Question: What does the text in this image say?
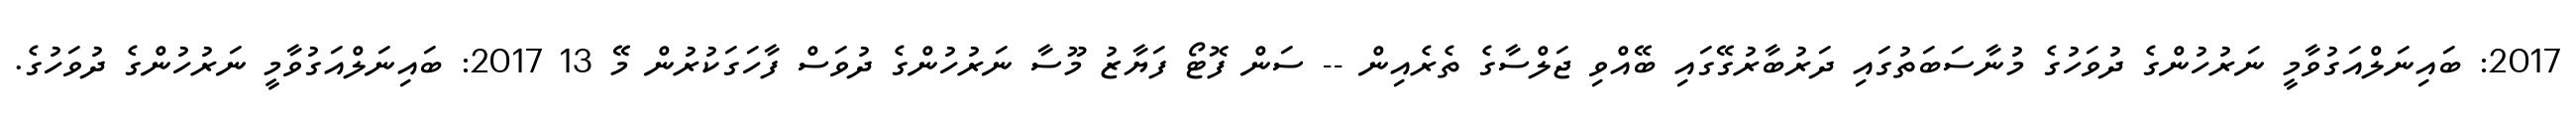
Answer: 2017: ބައިނަލްއަގުވާމީ ނަރުހުންގެ ދުވަހުގެ މުނާސަބަތުގައި ދަރުބާރުގޭގައި ބޭއްވި ޖަލްސާގެ ތެރެއިން -- ސަން ފޮޓޯ ފަޔާޒު މޫސާ ނަރުހުންގެ ދުވަސް ފާހަގަކުރުން މޭ 13 2017: ބައިނަލްއަގުވާމީ ނަރުހުންގެ ދުވަހުގެ.